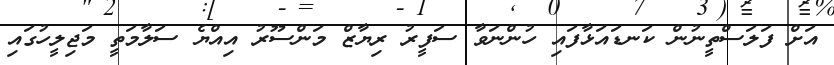
އަށް ފަލަސްތީނުން ކަނޑައަޅާފައި ހުންނަވާ ސަފީރު ރިޔާޒް މަންސޫރު އިއްޔެ ސަލާމަތީ މަޖިލީހުގައި